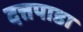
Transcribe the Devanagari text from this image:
दत्तपाडा